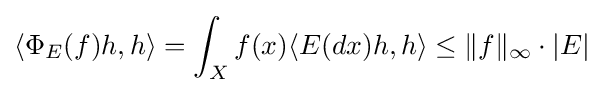
\langle \Phi _{E}(f)h,h\rangle =\int _{X}f(x)\langle E(dx)h,h\rangle \leq \|f\|_{\infty }\cdot |E|